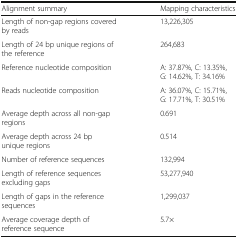
| Alignment summary | Mapping characteristics |
 | --- | --- |
 | Length of non-gap regions covered by reads | 13,226,305 |
 | Length of 24 bp unique regions of the reference | 264,683 |
 | Reference nucleotide composition | A: 37.87%, C: 13.35%, G: 14.62%, T: 34.16% |
 | Reads nucleotide composition | A: 36.07%, C: 15.71%, G: 17.71%, T: 30.51% |
 | Average depth across all non-gap regions | 0.691 |
 | Average depth across 24 bp unique regions | 0.514 |
 | Number of reference sequences | 132,994 |
 | Length of reference sequences excluding gaps | 53,277,940 |
 | Length of gaps in the reference sequences | 1,299,037 |
 | Average coverage depth of reference sequence | 5.7× |